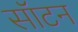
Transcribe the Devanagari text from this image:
सॉटन